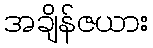
အချိန်ဇယား